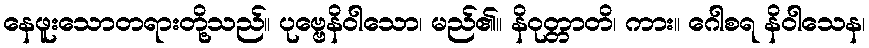
နေဖူးသောတရားတို့သည်။ ပုဗ္ဗေနိဝါသော၊ မည်၏။ နိဝုတ္တာတိ၊ ကား။ ဂေါစရ နိဝါသေန၊